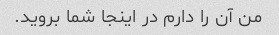
من آن را دارم در اینجا شما بروید.